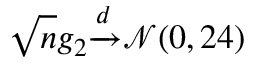
{ \sqrt { n } } g _ { 2 } { \xrightarrow { d } } { \mathcal { N } } ( 0 , 2 4 )